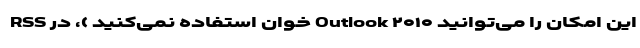
RSS خوان استفاده نمی‌کنید )، در Outlook ۲۰۱۰ این امکان را می‌توانید